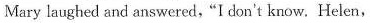
Mary laughed and answered,"I don't know. Helen,